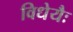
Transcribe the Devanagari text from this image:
विधेयैः